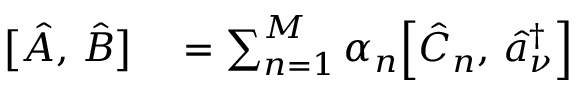
\begin{array} { r l } { \bigl [ \hat { A } , \, \hat { B } \bigr ] } & { { } = \sum _ { n = 1 } ^ { M } \alpha _ { n } \Bigl [ \hat { C } _ { n } , \, \hat { a } _ { \nu } ^ { \dagger } \Bigr ] } \end{array}